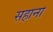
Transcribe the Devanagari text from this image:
सहाना